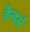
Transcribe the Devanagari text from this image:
वैन्डर्स